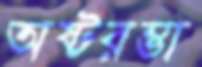
অষ্টরম্ভা